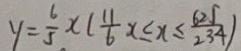
y = \frac { 6 } { 5 } x ( \frac { 1 1 } { 6 } x \leq x \leq \frac { 6 2 5 } { 2 3 4 } )